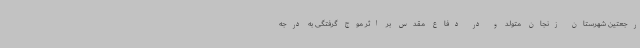
رجعتین شهرستان زنجان متولد و در دفاع مقدس بر اثر موج گرفتگی به درجه